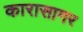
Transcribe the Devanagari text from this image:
कारासागर